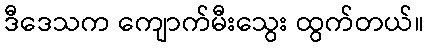
ဒီဒေသက ကျောက်မီးသွေး ထွက်တယ်။